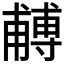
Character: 𭺼